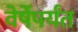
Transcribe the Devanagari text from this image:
वेर्षेपर्यंत